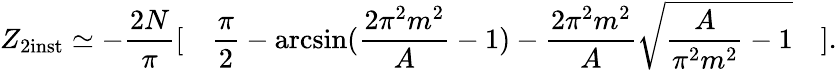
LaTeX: Z_{2\mathrm{inst}}\simeq-\frac{2N}{\pi}[\quad\frac{\pi}{2}-\arcsin(\frac{2\pi^{2}m^{2}}{A}-1)-\frac{2\pi^{2}m^{2}}{A}\sqrt{\frac{A}{\pi^{2}m^{2}}-1}\quad].